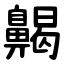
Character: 齃